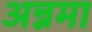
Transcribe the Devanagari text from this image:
अन्नमा